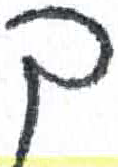
אות: ך